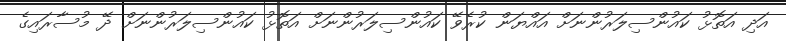
އަދި އަތޮޅު ކައުންސިލަރުންނަށް އައްޔަން ކުރެވޭ ކައުންސިލަރުންނަށް އަތޮޅު ކައުންސިލަރުންނަށް ދޭ މުސާރައިގެ